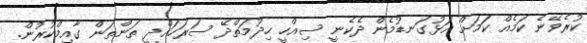
ކުރެވޭނެ ކަމެއް ކަމަށް އަޅުގަނޑުމެން ދެކެނީ ސިއްހީ ހިދުމަތްދޭ ސަރަހައްދީ ތަންތަން ގާއިމްކުރުން.